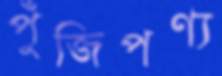
পুঁজিপণ্য